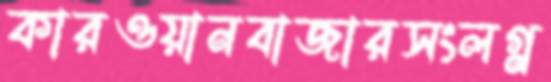
কারওয়ানবাজারসংলগ্ন